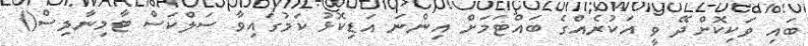
ބައި ވަކިކޮށްދޭ ވީ އަކުރެއްގެ ބައްޓަމަށް އިންނަ އަޑިކޮޅު ކަމުގައިވާ ސަލްކަސް ޓާމިނާލިސް()